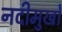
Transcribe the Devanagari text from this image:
नदीमुखों